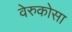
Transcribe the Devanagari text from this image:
वेरुकोसा